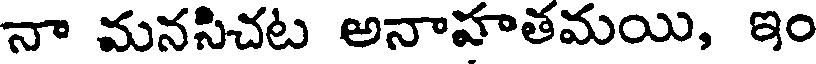
నా మనసిచట అనాహతమయి, ఇం